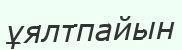
ұялтпайын